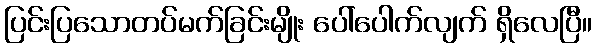
ပြင်းပြသောတပ်မက်ခြင်းမျိုး ပေါ်ပေါက်လျက် ရှိလေပြီ။